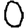
Digit: 0